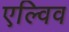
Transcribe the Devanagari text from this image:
एल्विव